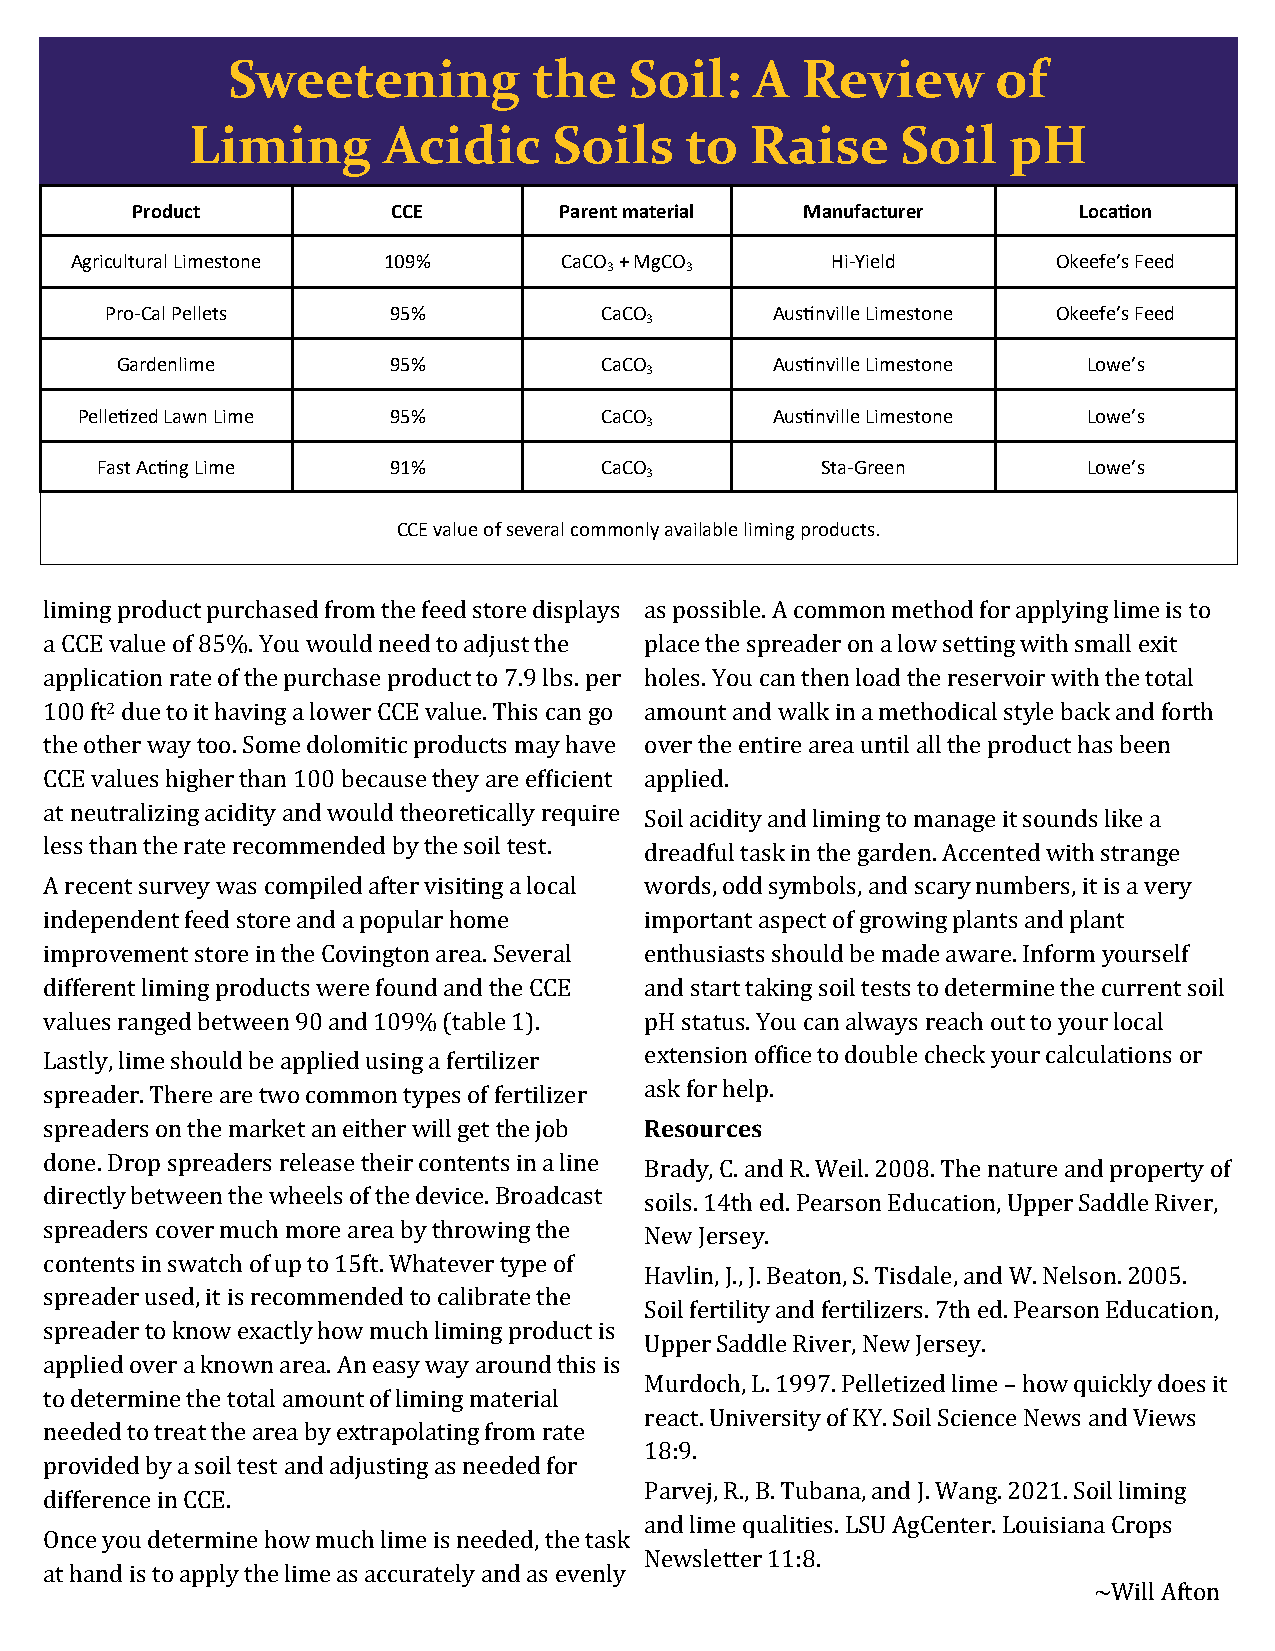
Sweetening          the    Soil:   A  Review       of
 Liming       Acidic      Soils   to   Raise     Soil   pH
 Product          CCE        Parent material Manufacturer      Location
 Agricultural Limestone 109%     CaCO + MgCO       Hi-Yield       Okeefe’s Feed
 3    3
 Pro-Cal Pellets    95%           CaCO       Austinville Limestone Okeefe’s Feed
 3
 Gardenlime        95%           CaCO       Austinville Limestone Lowe’s
 3
 Pelletized Lawn Lime 95%           CaCO       Austinville Limestone Lowe’s
 3
 Fast Acting Lime    91%           CaCO          Sta-Green         Lowe’s
 3
 CCE value of several commonly available liming products.
 liming product purchased from the feed store displays as possible. A common method for applying lime is to
 a CCE value of 85%. You would need to adjust the place the spreader on a low setting with small exit
 application rate of the purchase product to 7.9 lbs. per holes. You can then load the reservoir with the total
 100 ft2 due to it having a lower CCE value. This can go amount and walk in a methodical style back and forth
 the other way too. Some dolomitic products may have over the entire area until all the product has been
 CCE values higher than 100 because they are efficient applied.
 at neutralizing acidity and would theoretically require Soil acidity and liming to manage it sounds like a
 less than the rate recommended by the soil test. dreadful task in the garden. Accented with strange
 A recent survey was compiled after visiting a local words, odd symbols, and scary numbers, it is a very
 independent feed store and a popular home important aspect of growing plants and plant
 improvement store in the Covington area. Several enthusiasts should be made aware. Inform yourself
 different liming products were found and the CCE and start taking soil tests to determine the current soil
 values ranged between 90 and 109% (table 1). pH status. You can always reach out to your local
 Lastly, lime should be applied using a fertilizer extension office to double check your calculations or
 spreader. There are two common types of fertilizer ask for help.
 spreaders on the market an either will get the job Resources
 done. Drop spreaders release their contents in a line Brady, C. and R. Weil. 2008. The nature and property of
 directly between the wheels of the device. Broadcast soils. 14th ed. Pearson Education, Upper Saddle River,
 spreaders cover much more area by throwing the New Jersey.
 contents in swatch of up to 15ft. Whatever type of
 Havlin, J., J. Beaton, S. Tisdale, and W. Nelson. 2005.
 spreader used, it is recommended to calibrate the
 Soil fertility and fertilizers. 7th ed. Pearson Education,
 spreader to know exactly how much liming product is
 Upper Saddle River, New Jersey.
 applied over a known area. An easy way around this is
 Murdoch, L. 1997. Pelletized lime – how quickly does it
 to determine the total amount of liming material
 react. University of KY. Soil Science News and Views
 needed to treat the area by extrapolating from rate
 18:9.
 provided by a soil test and adjusting as needed for
 Parvej, R., B. Tubana, and J. Wang. 2021. Soil liming
 difference in CCE.
 and lime qualities. LSU AgCenter. Louisiana Crops
 Once you determine how much lime is needed, the task
 Newsletter 11:8.
 at hand is to apply the lime as accurately and as evenly
 ~Will Afton